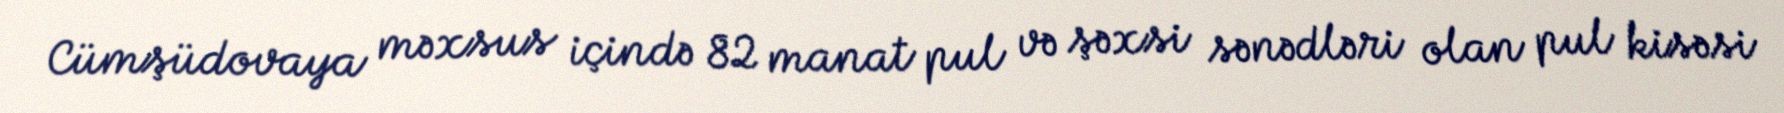
Cümşüdovaya məxsus içində 82 manat pul və şəxsi sənədləri olan pul kisəsi